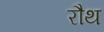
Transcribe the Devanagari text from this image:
रौथ